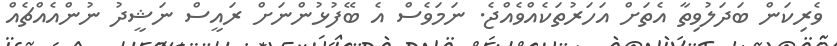
ވެރިކަން ބަދަލުވިތާ އެތަށް އަހަރުތަކެއްވެއްޖެ. ނަމަވެސް އެ ބޭފުޅުންނަށް ރައީސް ނަޝީދު ނުންއެއްޗެއް